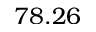
7 8 . 2 6